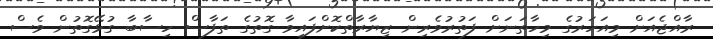
ރާއްޖެއަށް މިއަހަރުގެ މިހާތަނަށް ފަތުރުވެރިން ޒިޔާރާތްކޮށްފައިވާ ގޮތުގެ ތަފާސް ހިސާބާ ގުޅޭގޮތުން ވެސް